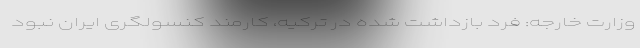
وزارت خارجه: فرد بازداشت شده در ترکیه، کارمند کنسولگری ایران نبود